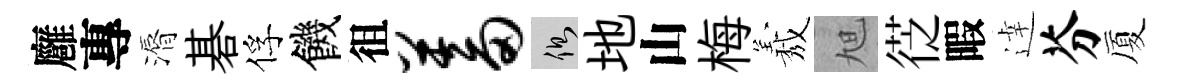
廱專漘碁俘饑徂蓄側地山梅𦏁旭徔暇逹芬厦